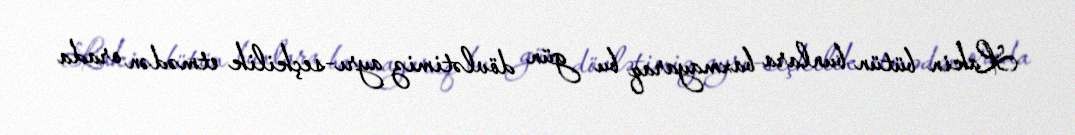
Lakin bütün bunlara baxmayaraq bu gün dövlətimiz ayrı-seçkilik etmədən orada